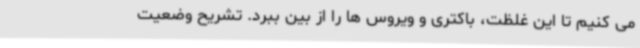
می کنیم تا این غلظت، باکتری و ویروس ها را از بین ببرد. تشریح وضعیت